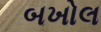
બખોલ